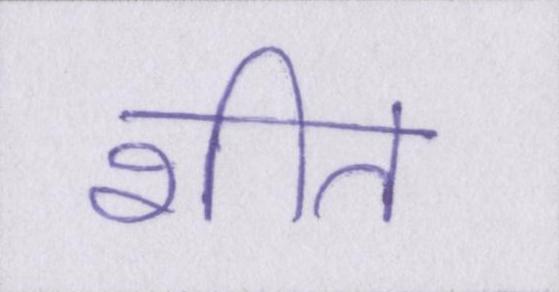
शीत